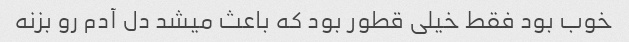
خوب بود فقط خیلی قطور بود که باعث میشد دل آدم رو بزنه